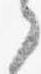
之